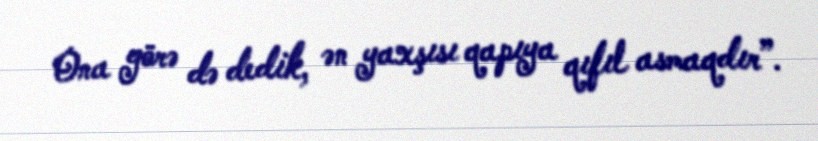
Ona görə də dedik, ən yaxşısı qapıya qıfıl asmaqdır”.